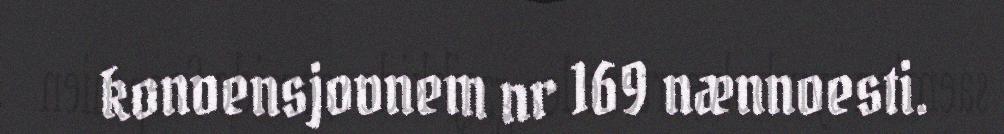
konvensjovnem nr 169 nænnoesti.